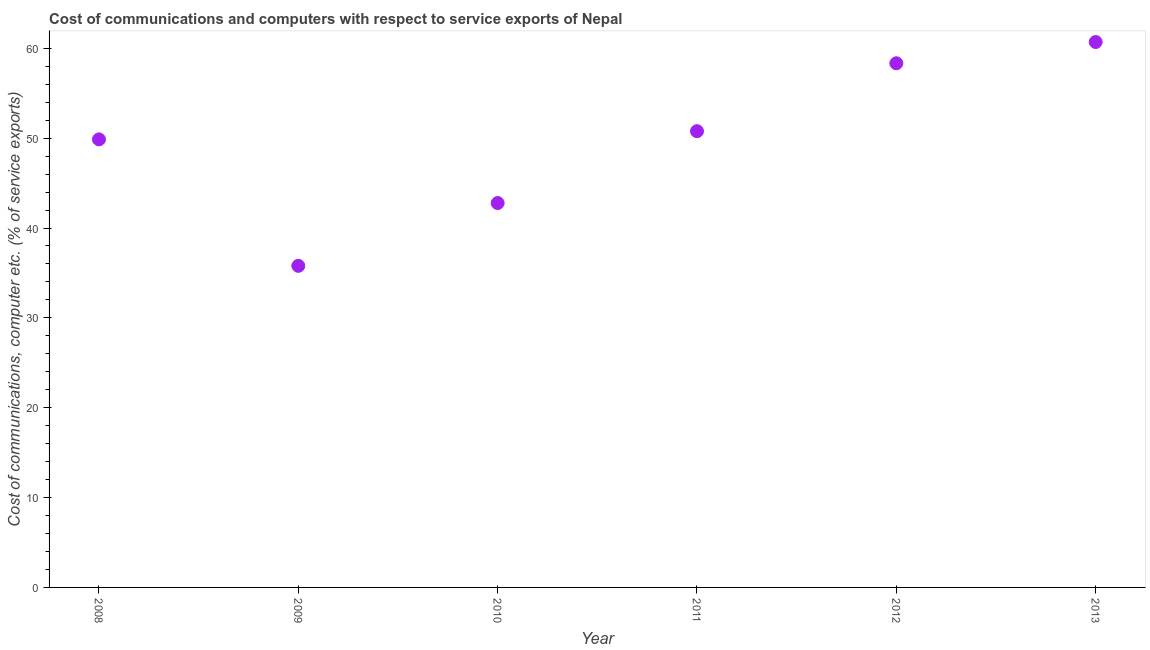
| Year | Communications |
 | --- | --- |
 | 2008 | 49.9 |
 | 2009 | 35.8 |
 | 2010 | 42.8 |
 | 2011 | 50.8 |
 | 2012 | 58.3 |
 | 2013 | 60.7 |